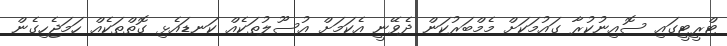
ޓްރީޓީގައި ސޮއިނުކުރާ ގައުމަކަށް މެމްބަރުކަން ދެވޭނީ އެކަމަށް އުސޫލުތަކެއް ކަނޑައެޅި ގޮތްތަކެއް ހަމަޖެހިގެން